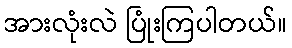
အားလုံးလဲ ပြုံးကြပါတယ်။